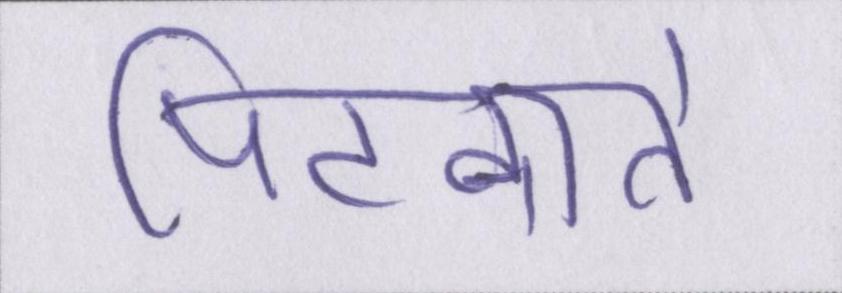
पिटवाते